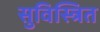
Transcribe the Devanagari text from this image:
सुविस्त्रित